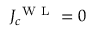
J _ { c } ^ { \mathrm { ~ W ~ L ~ } } = 0